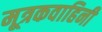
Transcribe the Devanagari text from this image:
मूत्रकवाहिनी